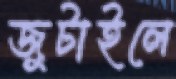
জুটাইলে